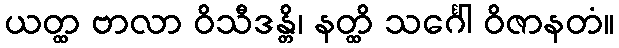
ယတ္ထ ဗာလာ ဝိသီဒန္တိ၊ နတ္ထိ သင်္ဂေါ ဝိဇာနတံ။